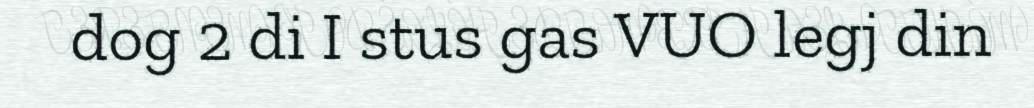
dog 2 di I stus gas VUO legj din